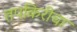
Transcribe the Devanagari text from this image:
तपकिरीचा